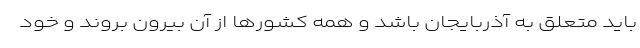
باید متعلق به آذربایجان باشد و همه کشورها از آن بیرون بروند و خود